Treatise on elephants
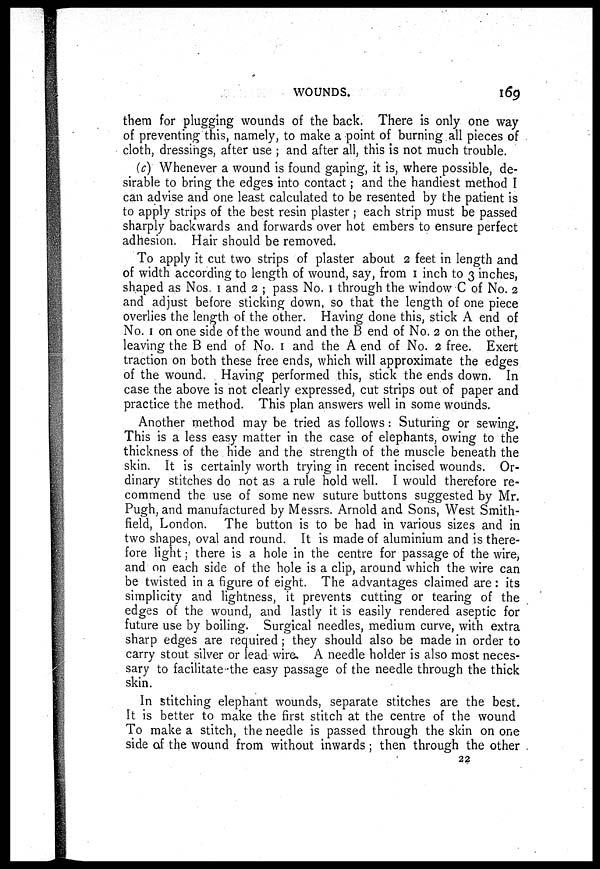
WOUNDS.
169
them for plugging wounds of the back. There is only one way
of preventing this, namely, to make a point of burning all pieces of
cloth, dressings, after use ; and after all, this is not much trouble.
(c) Whenever a wound is found gaping, it is, where possible, de-
sirable to bring the edges into contact; and the handiest method I
can advise and one least calculated to be resented by the patient is
to apply strips of the best resin plaster; each strip must be passed
sharply backwards and forwards over hot embers to ensure perfect
adhesion. Hair should be removed.
To apply it cut two strips of plaster about 2 feet in length and
of width according to length of wound, say, from 1 inch to 3 inches,
shaped as Nos. 1 and 2 ; pass No. 1 through the window C of No. 2
and adjust before sticking down, so that the length of one piece
overlies the length of the other. Having done this, stick A end of
No. 1 on one side of the wound and the B end of No. 2 on the other,
leaving the B end of No. 1 and the A end of No. 2 free. Exert
traction on both these free ends, which will approximate the edges
of the wound. Having performed this, stick the ends down. In
case the above is not clearly expressed, cut strips out of paper and
practice the method. This plan answers well in some wounds.
Another method may be tried as follows : Suturing or sewing.
This is a less easy matter in the case of elephants, owing to the
thickness of the hide and the strength of the muscle beneath the
skin. It is certainly worth trying in recent incised wounds. Or-
dinary stitches do not as a rule hold well. I would therefore re-
commend the use of some new suture buttons suggested by Mr.
Pugh, and manufactured by Messrs. Arnold and Sons, West Smith-
field, London. The button is to be had in various sizes and in
two shapes, oval and round. It is made of aluminium and is there-
fore light; there is a hole in the centre for passage of the wire,
and on each side of the hole is a clip, around which the wire can
be twisted in a figure of eight. The advantages claimed are : its
simplicity and lightness, it prevents cutting or tearing of the
edges of the wound, and lastly it is easily rendered aseptic for
future use by boiling. Surgical needles, medium curve, with extra
sharp edges are required ; they should also be made in order to
carry stout silver or lead wire. A needle holder is also most neces-
sary to facilitate-the easy passage of the needle through the thick
skin.
In stitching elephant wounds, separate stitches are the best.
It is better to make the first stitch at the centre of the wound
To make a stitch, the needle is passed through the skin on one
side of the wound from without inwards ; then through the other
22